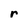
Character: r